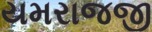
યમરાજજી